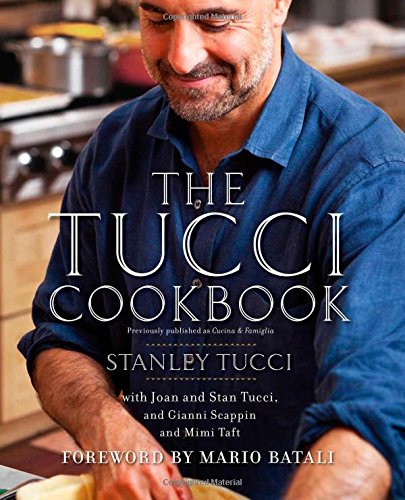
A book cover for The Tucci Cookbook; Stanley Tucci; Cookbooks, Food & Wine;